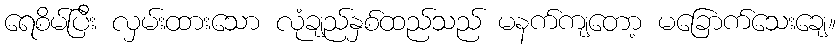
ရေစိမ်ပြီး လှမ်းထားသော လုံချည်နှစ်ထည်သည် မနက်ကျတော့ မခြောက်သေးချေ။